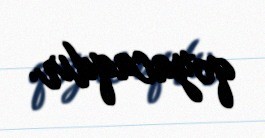
qoyacaqdır.